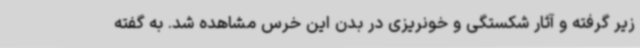
زیر گرفته و آثار شکستگی و خونریزی در بدن این خرس مشاهده شد. به گفته